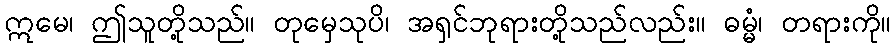
ဣမေ၊ ဤသူတို့သည်။ တုမှေသုပိ၊ အရှင်ဘုရားတို့သည်လည်း။ ဓမ္မံ၊ တရားကို။